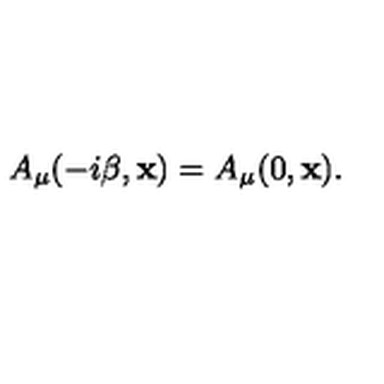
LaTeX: A _ { \mu } ( - i \beta , { \bf x } ) = A _ { \mu } ( 0 , { \bf x } ) .